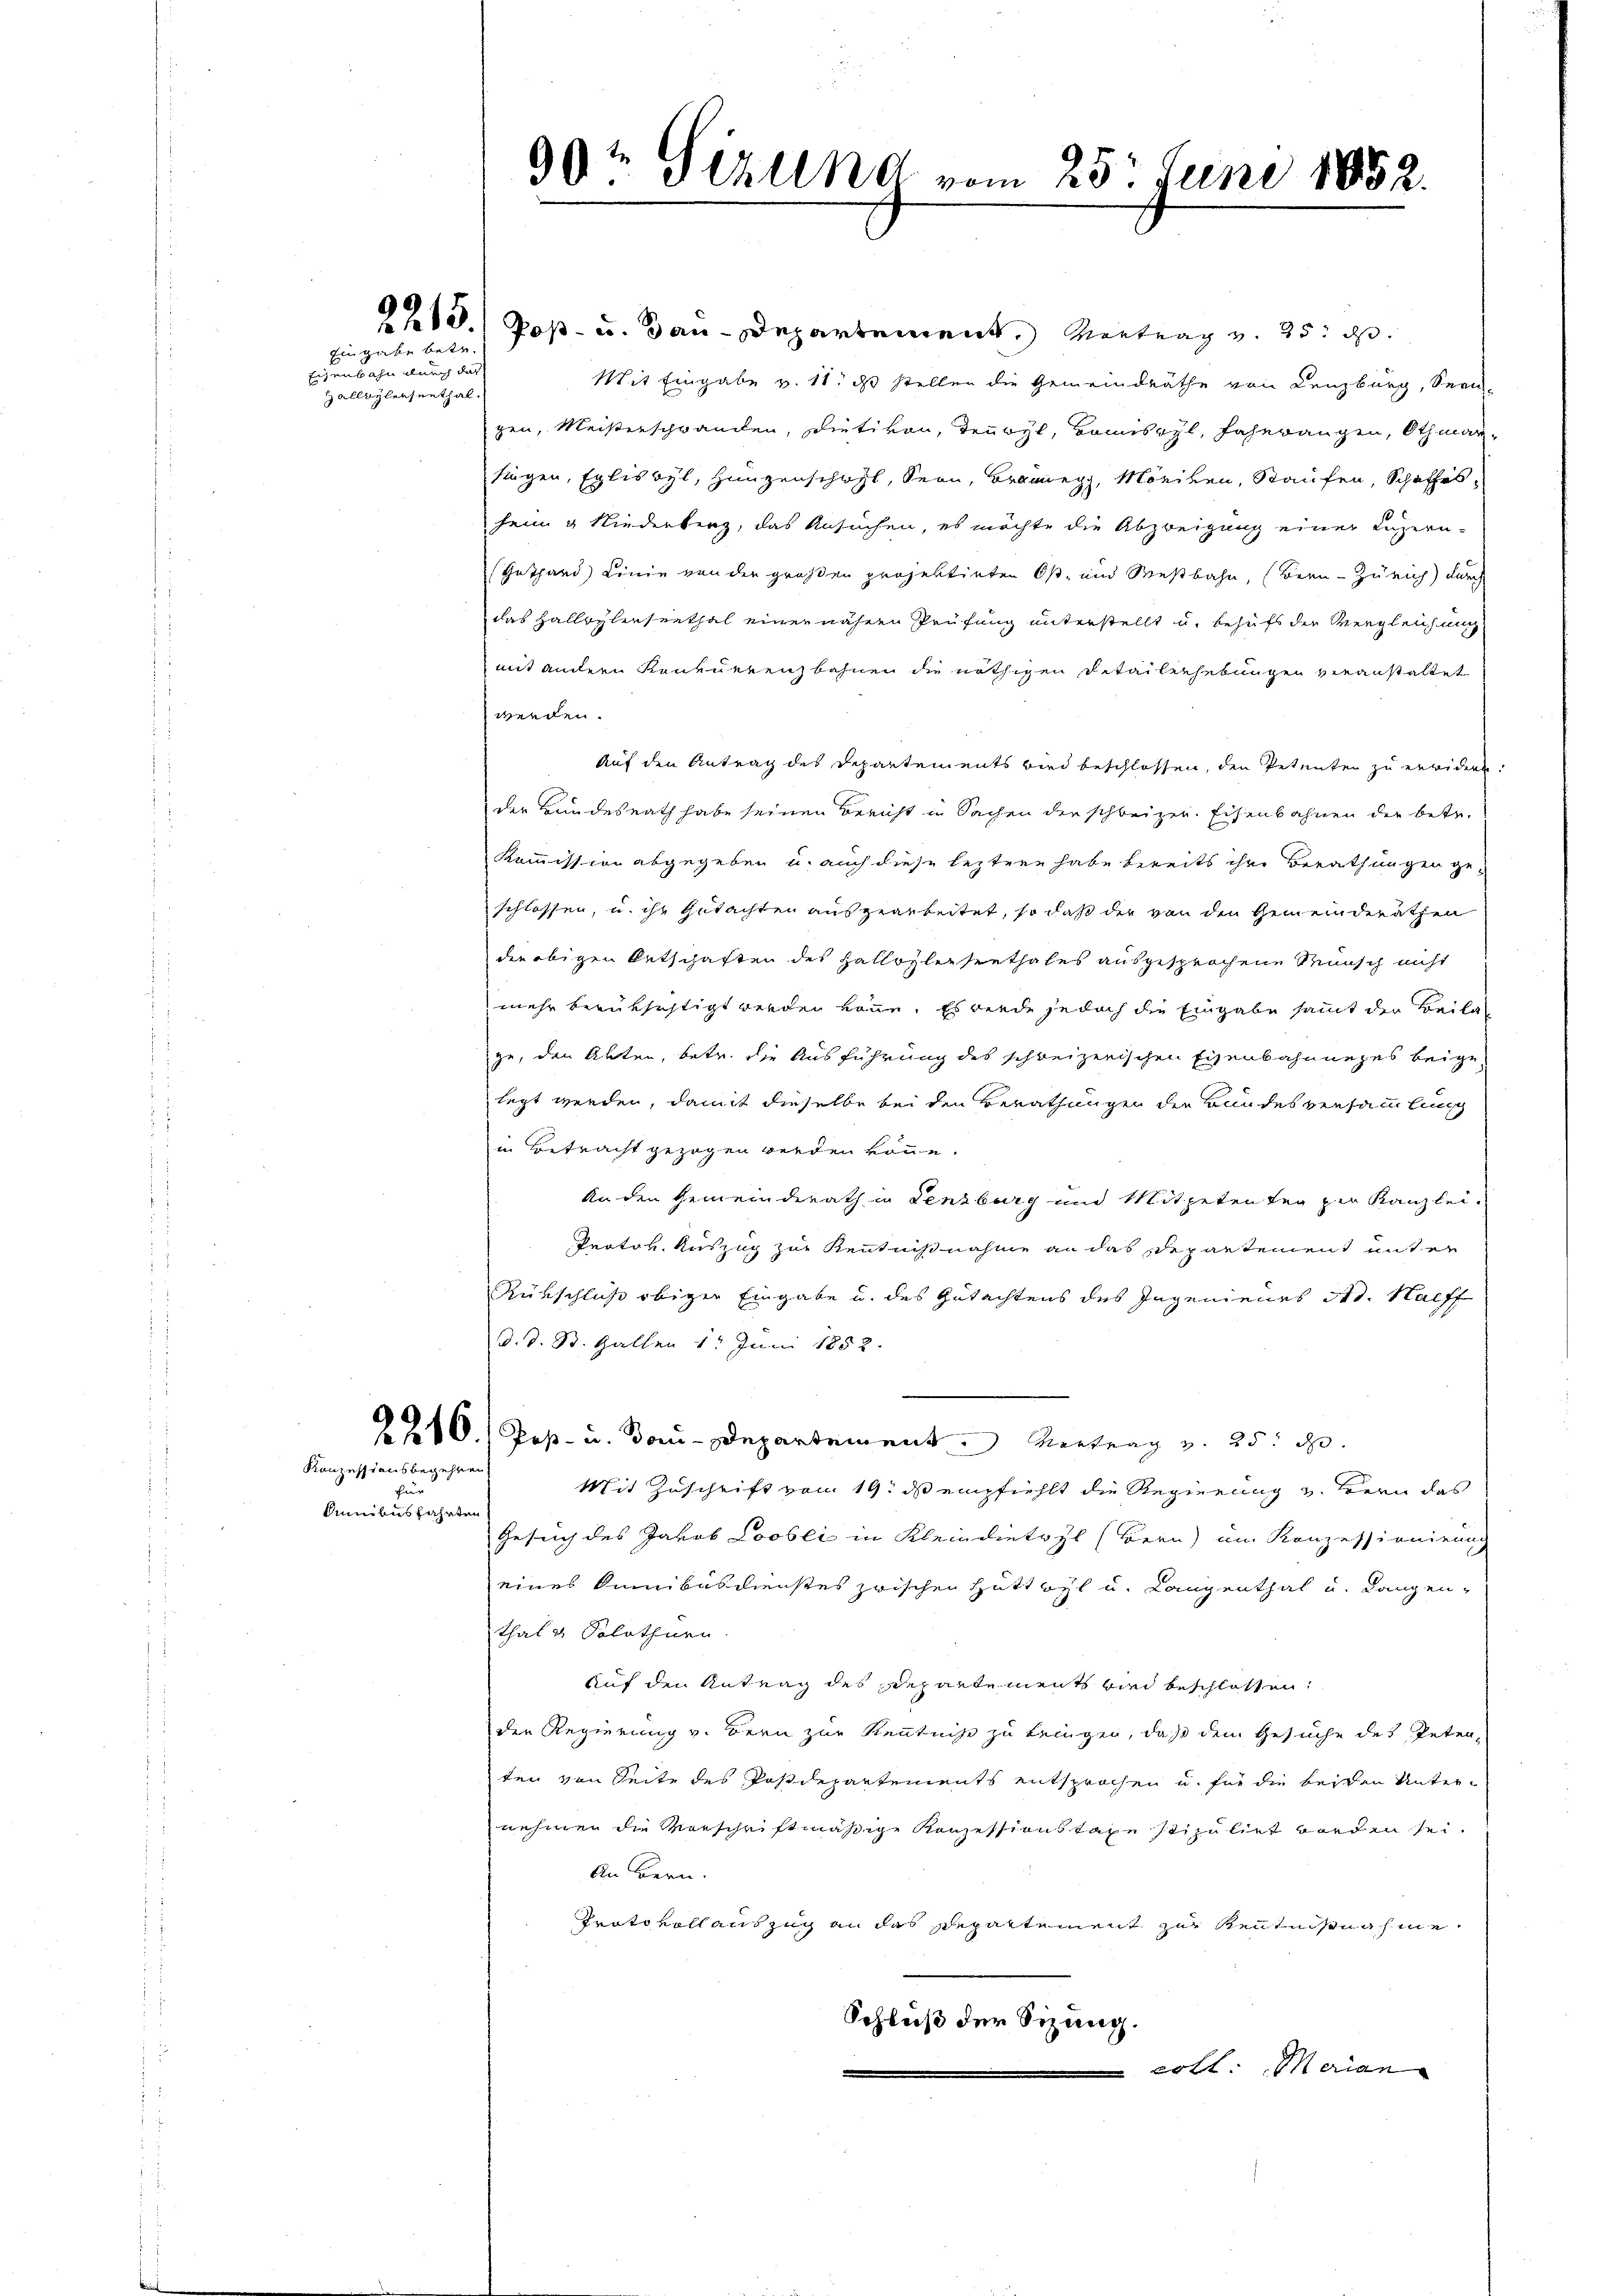
Eingabe betr.

Eigenbahn durch das
Hallwyleesenthal.

Konzessionsbegehren
en
Sinibus fahrten

99te Sizllnd vom 25. Juni 1852.

13.) Poß- u. Bau-Departement, Vertrag v. 25. ds.
Mit Eingabe v. 11. ds stellen die Gemeindräthe von Lenzburg, Seen-
gen, Meisterschwanden, Dietikon, Tenoyl, Komiscyl, Fahrrangen, Othmar-
singen, Egliswyl, Hungenschaft, Seon, Braunegg, Möriken, Staufen, Schaffes,
heim & Niederberg, das Ansuchen, es möchte die Abzweigung einer Luzern-
Gathard Linie von der großen projektirten Ost- und Mestbahn, (Bern - Zürich durch
das Hallwylersenthal einer nähern Prüfung unterstellt u. behufs der Vergleichung
mit andern Konkurrenzbahnen die nöthigen Detailerhebungen veranstaltet
werden.
Auf den Antrag des Departements wird beschlossen, den Petenten zu erwidern.
der Bundesrath habe seinen Bericht in Sachen der schweizer. Eisenbahnen der betr.
Kommission abgegeben u. auch diese leztere habe bereits ihre Berathungen geschlossen, u. ihr Gutachten ausgearbeitet, so daß der von den Gemeinderäthen
die obigen Entschaften des Hallogleisenthales ausgesprochene Wunsch nicht
mehr berüksichtigt werden könne. Es werde jedoch die Eingabe sammt der Beila
zu, den Akten, betr. die Ausführung des schweizerischen Eisenbahnnezes beigelegt werden, damit dieselbe bei den Berathungen der Bundesversammlung
in Betracht gezogen werden könne.
An den Gemeinderath in Lenzburg und Mitpeten tag zur Kanzlei-
Protok. Auszug zur Kenntnißnahme an das Departement unter
Rünschluß obiger Eingabe u. des Gutachtens des Ingenieurs Ad. Haeff
d. d. St. Gallen 1. Juni 1852.
2210./ Post- u. Bon-Departement. Vertrag v. 25. d.
Mit Zuschrift von 19. ds empfiehlt die Regierung v. Bern das
Gesuch des Jakob Loobli in Kleindietwyl (Bern) im Konzessionirung
eines Kunibusdienstes zwischen Hüttwyl u. Langenthal u. Langen-
thal & Solothurn.
Auf den Antrag des Departements wird beschlossen:
der Regierung v. Bern zur Kenntniße zu bringen, daß dem Gesuche des Peten-
ten von Seite des Postdepartements entsprochen u. für die beiten Unternehmen die Vorschriftmäßige Konzessionstage stipuliet worden sei.
An Bern.
Prato vollauszug an das Repartement zur Kenntnisnahme.
Schluß der Sizung.
 coll. Merian